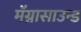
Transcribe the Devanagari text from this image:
मॅग्नासाउन्ड